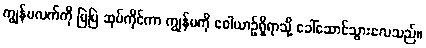
ကျွန်မလက်ကို မြဲမြဲ ဆုပ်ကိုင်ကာ ကျွန်မကို ဝေါယာဉ်ရှိရာသို့ ခေါ်ဆောင်သွားလေသည်။